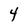
Character: 4